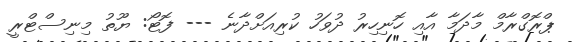
ޕްރޮގްރާމް މާދަމާ އާއި ހޮނިހިރު ދުވަހު ކުރިއަށްދާނެ --- ފޮޓޯ: ޔޫތު މިނިސްޓްރީ